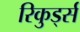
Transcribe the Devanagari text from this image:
रिकुर्ड्स